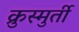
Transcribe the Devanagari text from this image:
क्रुस्मुर्ती